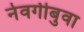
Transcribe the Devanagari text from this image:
नेवगीबुवा